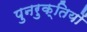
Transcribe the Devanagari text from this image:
पुनरुक्तियों